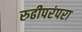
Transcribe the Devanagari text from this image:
रुढीपरंपरा